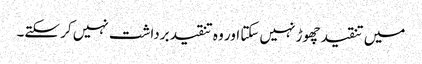
میں تنقید چھوڑ نہیں سکتا اور وہ تنقید برداشت نہیں کر سکتے۔